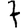
Digit: 7